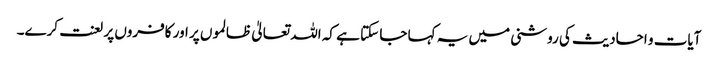
آیات و احادیث کی روشنی میں یہ کہا جا سکتا ہے کہ اللہ تعالیٰ ظالموں پر اور کافروں پر لعنت کرے۔